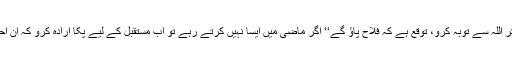
’’اے مومنو، تم سب مل کر اللہ سے توبہ کرو، توقع ہے کہ فلاح پاؤ گے‘‘ اگر ماضی میں ایسا نہیں کرتے رہے تو اب مستقبل کے لیے پکا ارادہ کرو کہ ان احکامات پر عمل کرو گے۔